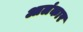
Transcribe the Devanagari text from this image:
आलंकार